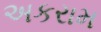
અકરામ